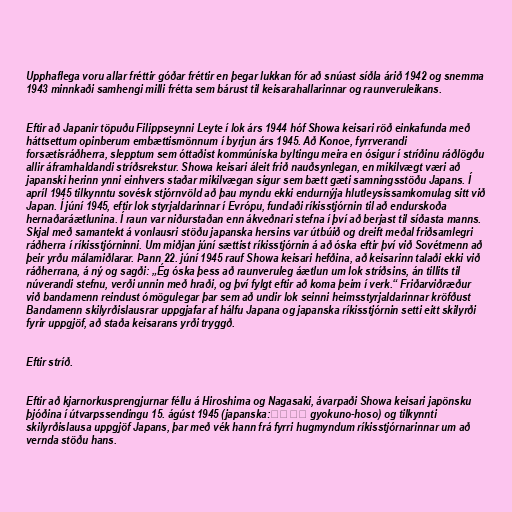
Upphaflega voru allar fréttir góðar fréttir en þegar lukkan fór að snúast síðla árið 1942 og snemma
1943 minnkaði samhengi milli frétta sem bárust til keisarahallarinnar og raunveruleikans.

Eftir að Japanir töpuðu Filippseynni Leyte í lok árs 1944 hóf Showa keisari röð einkafunda með
háttsettum opinberum embættismönnum í byrjun árs 1945. Að Konoe, fyrrverandi
forsætisráðherra, slepptum sem óttaðist kommúníska byltingu meira en ósigur í stríðinu ráðlögðu
allir áframhaldandi stríðsrekstur. Showa keisari áleit frið nauðsynlegan, en mikilvægt væri að
japanski herinn ynni einhvers staðar mikilvægan sigur sem bætt gæti samningsstöðu Japans. Í
apríl 1945 tilkynntu sovésk stjórnvöld að þau myndu ekki endurnýja hlutleysissamkomulag sitt við
Japan. Í júní 1945, eftir lok styrjaldarinnar í Evrópu, fundaði ríkisstjórnin til að endurskoða
hernaðaráætlunina. Í raun var niðurstaðan enn ákveðnari stefna í því að berjast til síðasta manns.
Skjal með samantekt á vonlausri stöðu japanska hersins var útbúið og dreift meðal friðsamlegri
ráðherra í ríkisstjórninni. Um miðjan júní sættist ríkisstjórnin á að óska eftir því við Sovétmenn að
þeir yrðu málamiðlarar. Þann 22. júní 1945 rauf Showa keisari hefðina, að keisarinn talaði ekki við
ráðherrana, á ný og sagði: „Ég óska þess að raunveruleg áætlun um lok stríðsins, án tillits til
núverandi stefnu, verði unnin með hraði, og því fylgt eftir að koma þeim í verk.“ Friðarviðræður
við bandamenn reindust ómögulegar þar sem að undir lok seinni heimsstyrjaldarinnar kröfðust
Bandamenn skilyrðislausrar uppgjafar af hálfu Japana og japanska ríkisstjórnin setti eitt skilyrði
fyrir uppgjöf, að staða keisarans yrði tryggð.

Eftir stríð.

Eftir að kjarnorkusprengjurnar féllu á Hiroshima og Nagasaki, ávarpaði Showa keisari japönsku
þjóðina í útvarpssendingu 15. ágúst 1945 (japanska:玉音放送 gyokuno-hoso) og tilkynnti
skilyrðislausa uppgjöf Japans, þar með vék hann frá fyrri hugmyndum ríkisstjórnarinnar um að
vernda stöðu hans.